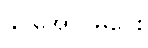
နိုင်အောင်မငေး